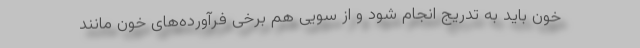
خون باید به تدریج انجام شود و از سویی هم برخی فرآورده‌های خون مانند